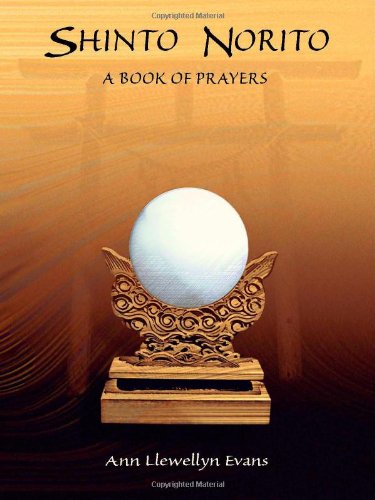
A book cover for Shinto Norito: A Book of Prayers; Ann Llewellyn Evans; Religion & Spirituality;